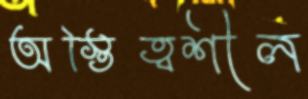
অস্তিত্বশীল